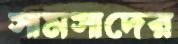
সামসাদের